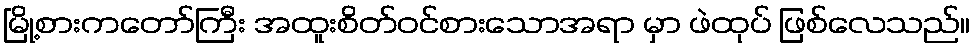
မြို့စားကတော်ကြီး အထူးစိတ်ဝင်စားသောအရာ မှာ ဖဲထုပ် ဖြစ်လေသည်။